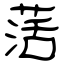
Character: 萿